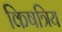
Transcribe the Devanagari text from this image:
किषत्रिय